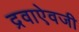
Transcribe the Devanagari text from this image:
द्रवाऐवजी